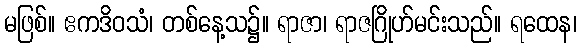
မဖြစ်။ ဧကဒိဝသံ၊ တစ်နေ့သ၌။ ရာဇာ၊ ရာဇဂြိုဟ်မင်းသည်။ ရထေန၊